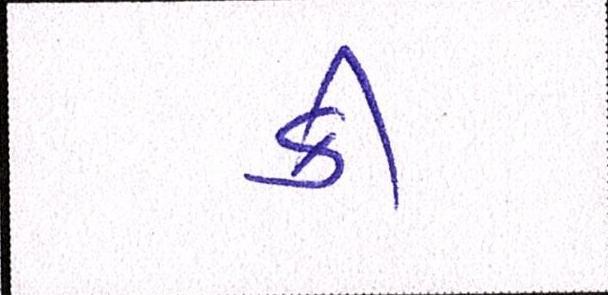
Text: કી